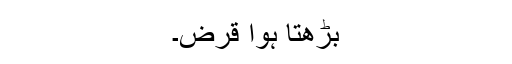
بڑھتا ہوا قرض۔